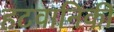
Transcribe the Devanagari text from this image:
हटवानिकी